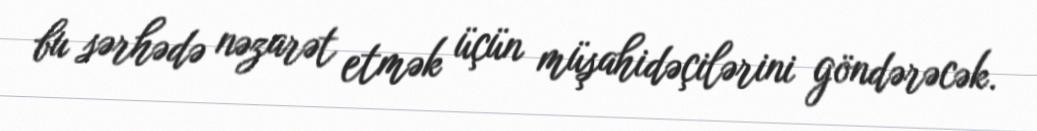
bu sərhədə nəzarət etmək üçün müşahidəçilərini göndərəcək.